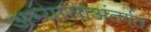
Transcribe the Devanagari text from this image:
अभ्यासाअंतर्गत